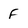
Character: F